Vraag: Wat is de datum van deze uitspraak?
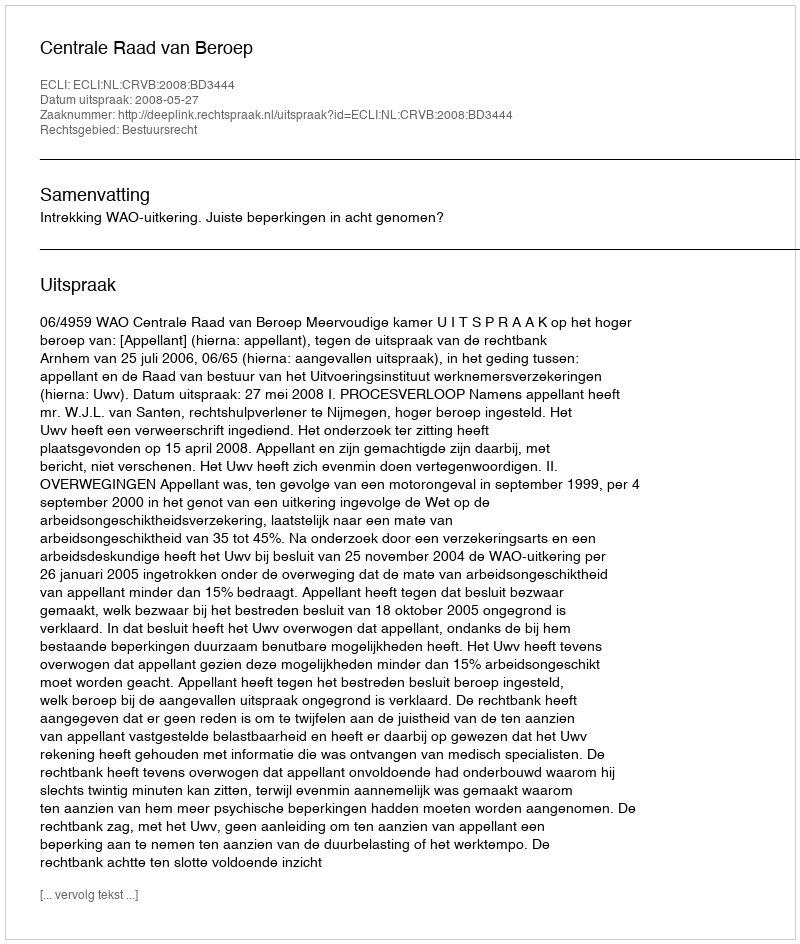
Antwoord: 2008-05-27